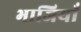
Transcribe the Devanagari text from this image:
भाजियाँ